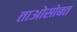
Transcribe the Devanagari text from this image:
ताओसोबत